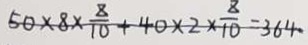
5 0 \times 8 \times \frac { 8 } { 1 0 } + 4 0 \times 2 \times \frac { 8 } { 1 0 } = 3 6 4